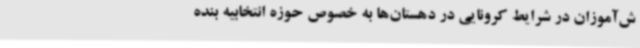
ش‌آموزان در شرایط کرونایی در دهستان‌ها به خصوص حوزه انتخابیه بنده